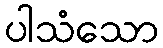
ပါသံသော